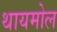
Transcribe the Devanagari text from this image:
थायमोल